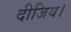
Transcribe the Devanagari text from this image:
दीजिय।